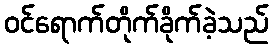
ဝင်ရောက်တိုက်ခိုက်ခဲ့သည်